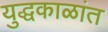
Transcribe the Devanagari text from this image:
युद्धकाळांत